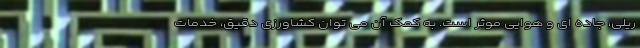
ریلی، جاده ای و هوایی موثر است. به کمک آن می توان کشاورزی دقیق، خدمات